Annual administration report of the Civil Veterinary Department of India - 1896-1897
Year: 1896
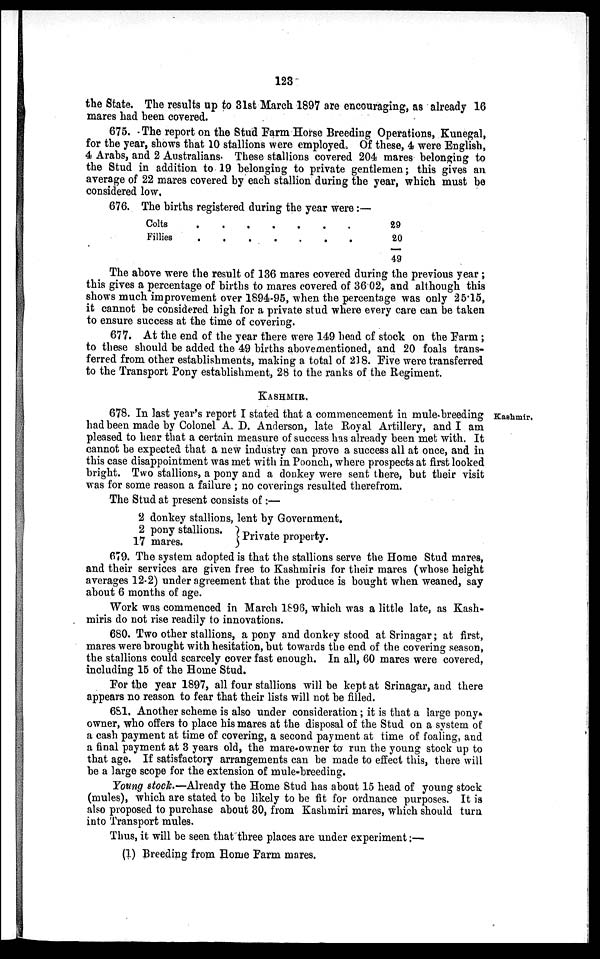
123
the State. The results up to 31st March 1897 are encouraging, as already 16
mares had been covered.
675. The report on the Stud Farm Horse Breeding Operations, Kunegal,
for the year, shows that 10 stallions were employed. Of these, 4 were English,
4 Arabs, and 2 Australians. These stallions covered 204 mares belonging to
the Stud in addition to 19 belonging to private gentlemen; this gives an
average of 22 mares covered by each stallion during the year, which must be
considered low.
676. The births registered during the year were:—
Colts
Fillies
.
.
.
.
.
.
.
.
.
.
.
.
.
.
29
20
49
The above were the result of 136 mares covered during the previous year;
this gives a percentage of births to mares covered of 36.02, and although this
shows much improvement over 1894-95, when the percentage was only 25.15,
it cannot be considered high for a private stud where every care can be taken
to ensure success at the time of covering.
677. At the end of the year there were 149 head of stock on the Farm;
to these should be added the 49 births abovementioned, and 20 foals trans-
ferred from other establishments, making a total of 218. Five were transferred
to the Transport Pony establishment, 28 to the ranks of the Regiment.
KASHMIR.
Kashmir.
678. In last year's report I stated that a commencement in mule breeding
had been made by Colonel A. D. Anderson, late Royal Artillery, and I am
pleased to hear that a certain measure of success has already been met with. It
cannot be expected that a new industry can prove a success all at once, and in
this case disappointment was met with in Poonch, where prospects at first looked
bright. Two stallions, a pony and a donkey were sent there, but their visit
was for some reason a failure; no coverings resulted therefrom.
The Stud at present consists of :—
2 donkey stallions, lent by Government.
2 pony stallions.
17 mares.
Private
property
679. The system adopted is that the stallions serve the Home Stud mares,
and their services are given free to Kashmiris for their mares (whose height
averages 12.2) under agreement that the produce is bought when weaned, say
about 6 months of age.
Work was commenced in March 1896, which was a little late, as Kash-
miris do not rise readily to innovations.
680. Two other stallions, a pony and donkey stood at Srinagar; at first,
mares were brought with hesitation, but towards the end of the covering season,
the stallions could scarcely cover fast enough. In all, 60 mares were covered,
including 15 of the Home Stud.
For the year 1897, all four stallions will be kept at Srinagar, and there
appears no reason to fear that their lists will not be filled.
681. Another scheme is also under consideration; it is that a large pony
owner, who offers to place his mares at the disposal of the Stud on a system of
a cash payment at time of covering, a second payment at time of foaling, and
a final payment at 3 years old, the mare-owner to run the young stock up to
that age. If satisfactory arrangements can be made to effect this, there will
be a large scope for the extension of mule-breeding.
Young stock.—Already the Home Stud has about 15 head of young stock
(mules), which are stated to be likely to be fit for ordnance purposes. It is
also proposed to purchase about 30, from Kashmiri mares, which should turn
into Transport mules.
Thus, it will be seen that three places are under experiment;—
(1) Breeding from Home Farm mares.